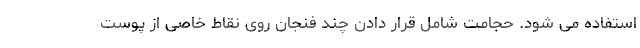
استفاده می شود. حجامت شامل قرار دادن چند فنجان روی نقاط خاصی از پوست